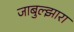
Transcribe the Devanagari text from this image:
जाबुल्झारा